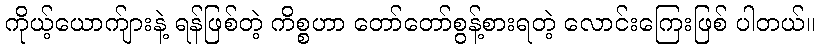
ကိုယ့်ယောက်ျားနဲ့ ရန်ဖြစ်တဲ့ ကိစ္စဟာ တော်တော်စွန့်စားရတဲ့ လောင်းကြေးဖြစ် ပါတယ်။